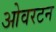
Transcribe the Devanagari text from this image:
ओवरटन